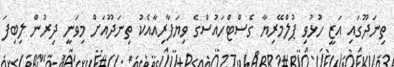
ތިނަދޫގައި އަޒީ ހުޅުވި ޕުލްމޭރިޔާ ގެސްޓްހައުސްގެ ވިޔަފާރިއާއެކު ތިނަދޫއަށް މިވަނީ ދިރުން ލިބިފަ